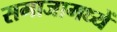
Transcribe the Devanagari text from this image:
समाजामध्यें